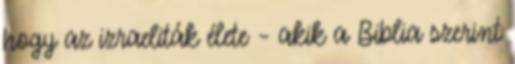
hogy az izraeliták élete – akik a Biblia szerint